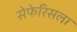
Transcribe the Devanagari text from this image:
सेफेरिसला